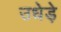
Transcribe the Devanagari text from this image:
उधेड़े